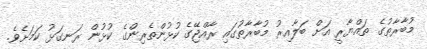
މުބާރާތުގެ ތައްޔާރީ އަށް ބަލާއިރު މުބާރާތުގައި ރާއްޖޭގެ ކުޅުންތެރިންގެ ކުޅުން ރަނގަޅު ކަމަށެވެ.